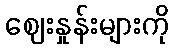
ဈေးနှုန်းများကို